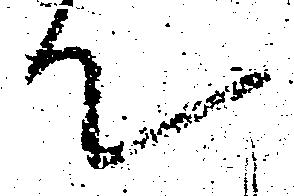
て